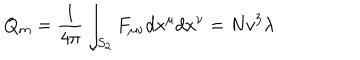
LaTeX: Q _ { m } = { \frac { 1 } { 4 \pi } } \int _ { S _ { 2 } } F _ { \mu \nu } d x ^ { \mu } d x ^ { \nu } = N v ^ { 3 } \lambda